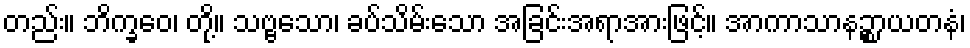
တည်း။ ဘိက္ခဝေ၊ တို့။ သဗ္ဗသော၊ ခပ်သိမ်းသော အခြင်းအရာအားဖြင့်။ အာကာသာနဉ္စာယတနံ၊